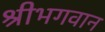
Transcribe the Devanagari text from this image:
श्रीभगवान